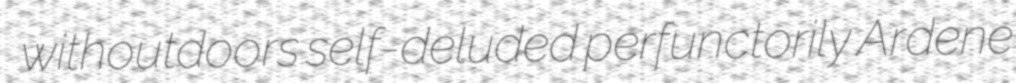
withoutdoors self-deluded perfunctorily Ardene